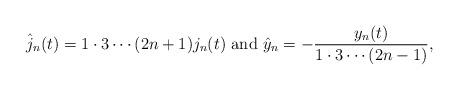
LaTeX: \begin{align*}\hat j_n(t) =1 \cdot 3 \cdots (2n + 1) j_n(t) \mbox{ and } \hat y_n = - \frac{y_n(t)}{1 \cdot 3 \cdots (2n-1)} , \end{align*}